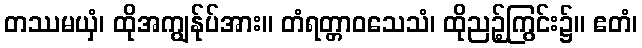
တဿမယှံ၊ ထိုအကျွန်ုပ်အား။ တံရတ္တာဝသေသံ၊ ထိုညဉ့်ကြွင်း၌။ ဧတံ၊